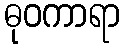
ဓုဝကာရာ